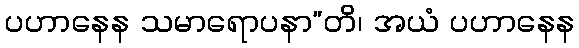
ပဟာနေန သမာရောပနာ”တိ၊ အယံ ပဟာနေန